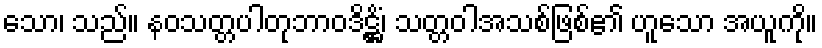
သော၊ သည်။ နဝသတ္တပါတုဘာဝဒိဋ္ဌိံ၊ သတ္တဝါအသစ်ဖြစ်၏ ဟူသော အယူကို။